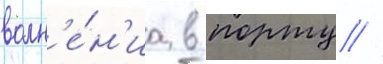
волн'е́н'иа в порту /